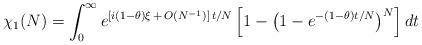
LaTeX: \begin{align*}\chi_1(N)= \int_0^{\infty} e^{[i(1 - \theta) \xi \, + \, O(N^{-1})] \, t / N}\left[1 - \left(1 - e^{-(1 - \theta) t / N} \right)^N\right] dt\end{align*}